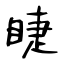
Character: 睫